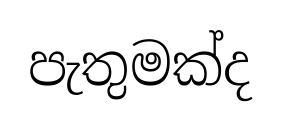
පැතුමක්ද